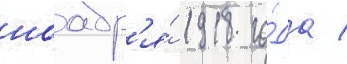
ноабр'я́ 1918 го́да /